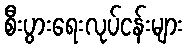
စီးပွားရေးလုပ်ငန်းများ